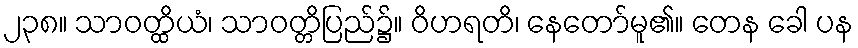
၂၃၈။ သာဝတ္ထိယံ၊ သာဝတ္တိပြည်၌။ ဝိဟရတိ၊ နေတော်မူ၏။ တေန ခေါ ပန